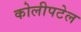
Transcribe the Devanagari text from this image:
कोलीपटेल